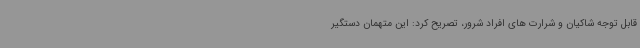
قابل توجه شاکیان و شرارت های افراد شرور، تصریح کرد: این متهمان دستگیر